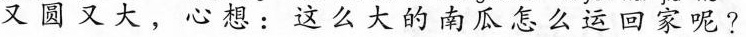
又圆又大，心想：这么大的南瓜怎么运回家呢？